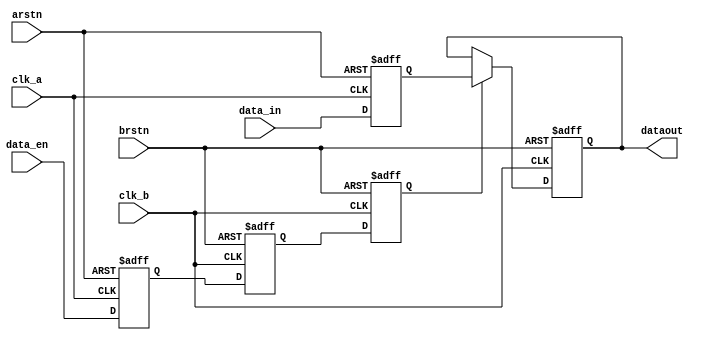
module synchronizer (
    input wire clk_a,
    input wire clk_b,
    input wire arstn,
    input wire brstn,
    input wire [3:0] data_in,
    input wire data_en,
    output reg [3:0] dataout
);

// Internal register declarations
reg [3:0] data_reg_a; // Register on clock A domain
reg en_data_reg_a; // Enable register on clock A domain
reg en_data_reg_b; // Enable register on clock B domain (first stage)
reg en_data_reg_bb; // Enable register on clock B domain (second stage)

// Data register update with clock A
always @(posedge clk_a or negedge arstn) begin
    if (!arstn) begin
        data_reg_a <= 4'b0000;
        en_data_reg_a <= 1'b0;
    end else begin
        data_reg_a <= data_in;
        en_data_reg_a <= data_en;
    end
end

// Enable signal synchronization with clock B
always @(posedge clk_b or negedge brstn) begin
    if (!brstn) begin
        en_data_reg_b <= 1'b0;
        en_data_reg_bb <= 1'b0;
    end else begin
        en_data_reg_b <= en_data_reg_a;
        en_data_reg_bb <= en_data_reg_b;
    end
end

// Output assignment with clock B
always @(posedge clk_b or negedge brstn) begin
    if (!brstn) begin
        dataout <= 4'b0000;
    end else if (en_data_reg_bb) begin
        dataout <= data_reg_a; // Synchronized data transfer on the second enable activation
    end
    // No need for an else clause to retain the previous value, as this is implicit with registers
end

endmodule